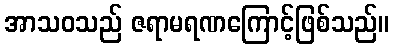
အာသဝသည် ဇရာမရဏကြောင့်ဖြစ်သည်။